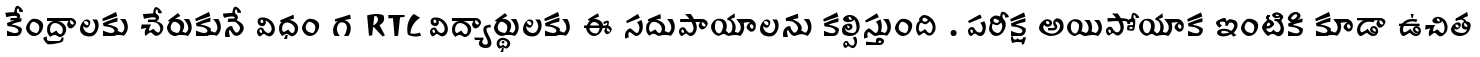
కేంద్రాలకు చేరుకునే విధం గ RTC విద్యార్థులకు ఈ సదుపాయాలను కల్పిస్తుంది . పరీక్ష అయిపోయాక ఇంటికి కూడా ఉచిత